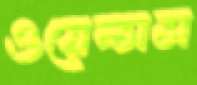
ওয়েন্সস